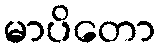
မာပိတော